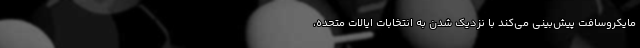
مایکروسافت پیش‌بینی می‌کند با نزدیک شدن به انتخابات ایالات متحده،